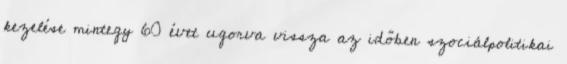
kezelése mintegy 60 évet ugorva vissza az időben szociálpolitikai